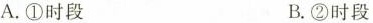
A.①时段 B.②时段